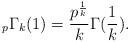
LaTeX: \begin{align*}_{p}\Gamma_{k}(1)=\frac{p^{\frac{1}{k}}}{k}\Gamma(\frac{1}{k}).\end{align*}